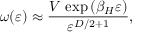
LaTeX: \omega ( \varepsilon ) \approx { \frac { V \, \exp { ( \beta _ { H } \varepsilon ) } } { \varepsilon ^ { D / 2 + 1 } } } ,